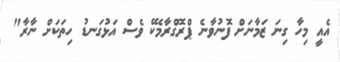
އެއީ މިހާ ގިނަ ޒަމާނަށް ފޮނުވާނެ ޕްރޮގްރާމެކޭ ވެސް އަޅުގަނޑު ހިތަކަށް ނާރާ"